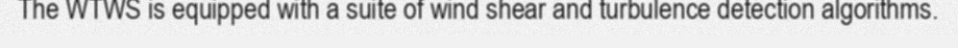
The WTWS is equipped with a suite of wind shear and turbulence detection algorithms.